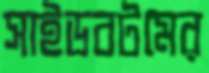
সাইডবটমের